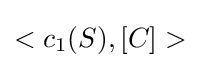
<c_{1}(S),[C]>